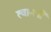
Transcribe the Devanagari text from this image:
त्वानबी